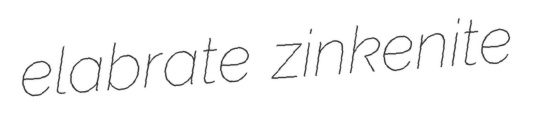
elabrate zinkenite